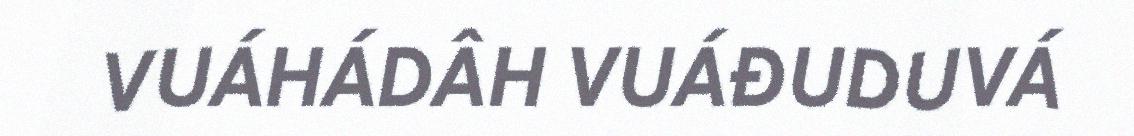
VUÁHÁDÂH VUÁĐUDUVÁ